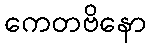
ကေတဗိနော